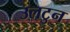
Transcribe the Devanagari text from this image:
उलटुन